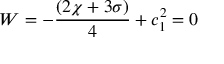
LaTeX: W = - \frac { ( 2 \chi + 3 \sigma ) } { 4 } + c _ { 1 } ^ { 2 } = 0